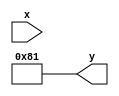
`timescale 1ns / 1ps

module ascii(x,y);
    input [7:0]x;
    output [7:0]y;
    
    assign x="a";
    assign y=x+32;
endmodule